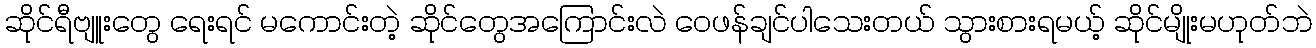
ဆိုင်ရီဗျူးတွေ ရေးရင် မကောင်းတဲ့ ဆိုင်တွေအကြောင်းလဲ ဝေဖန်ချင်ပါသေးတယ် သွားစားရမယ့် ဆိုင်မျိုးမဟုတ်ဘဲ